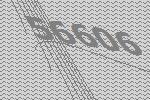
56606